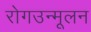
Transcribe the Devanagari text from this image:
रोगउन्मूलन